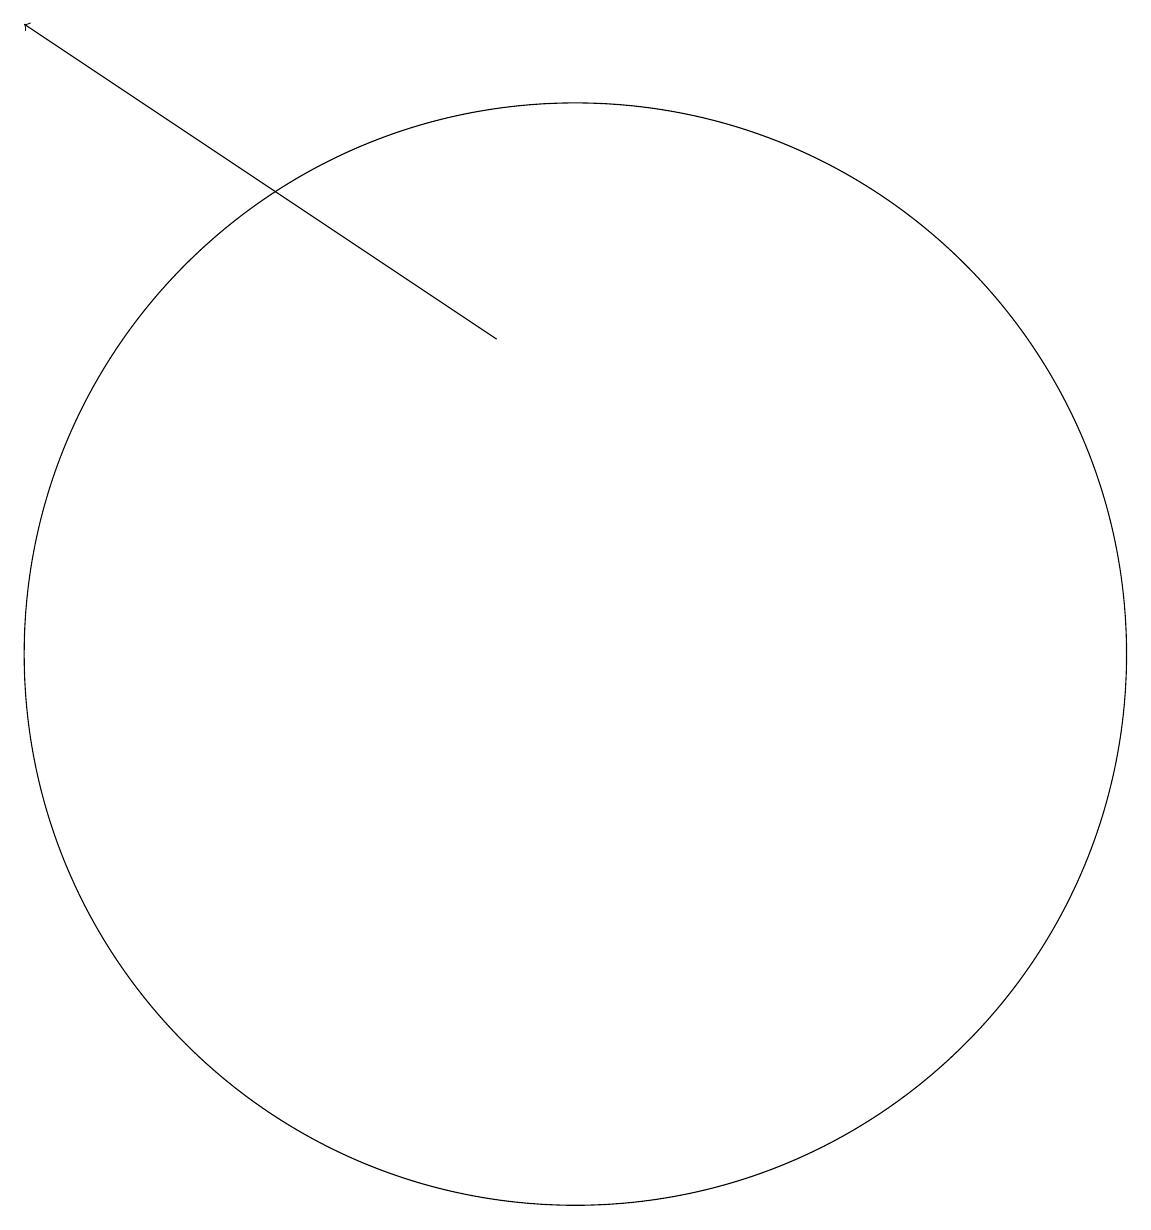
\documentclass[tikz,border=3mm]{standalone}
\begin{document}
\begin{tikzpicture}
\draw (12,11) circle (0);
\draw (10,10) circle (7);
\draw[->] (9,14) -- (3,18);
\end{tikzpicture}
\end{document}